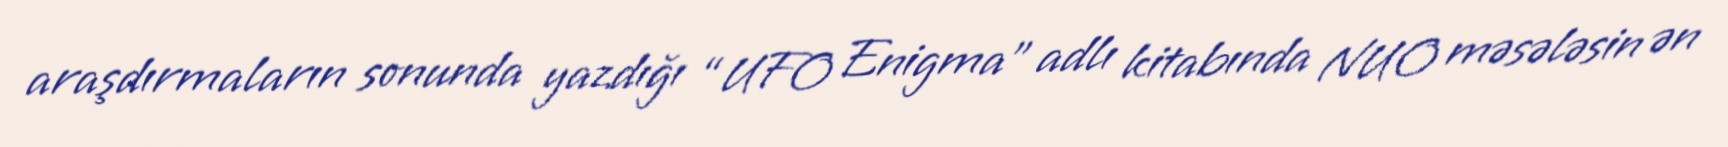
araşdırmaların sonunda yazdığı “UFO Enigma” adlı kitabında NUO məsələsin ən